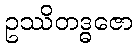
ဥဿိတဒ္ဓဇော